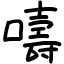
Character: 嚋